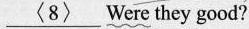
\underline{<8>} Were they good?